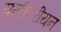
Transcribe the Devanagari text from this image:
यूनीटेरीयन